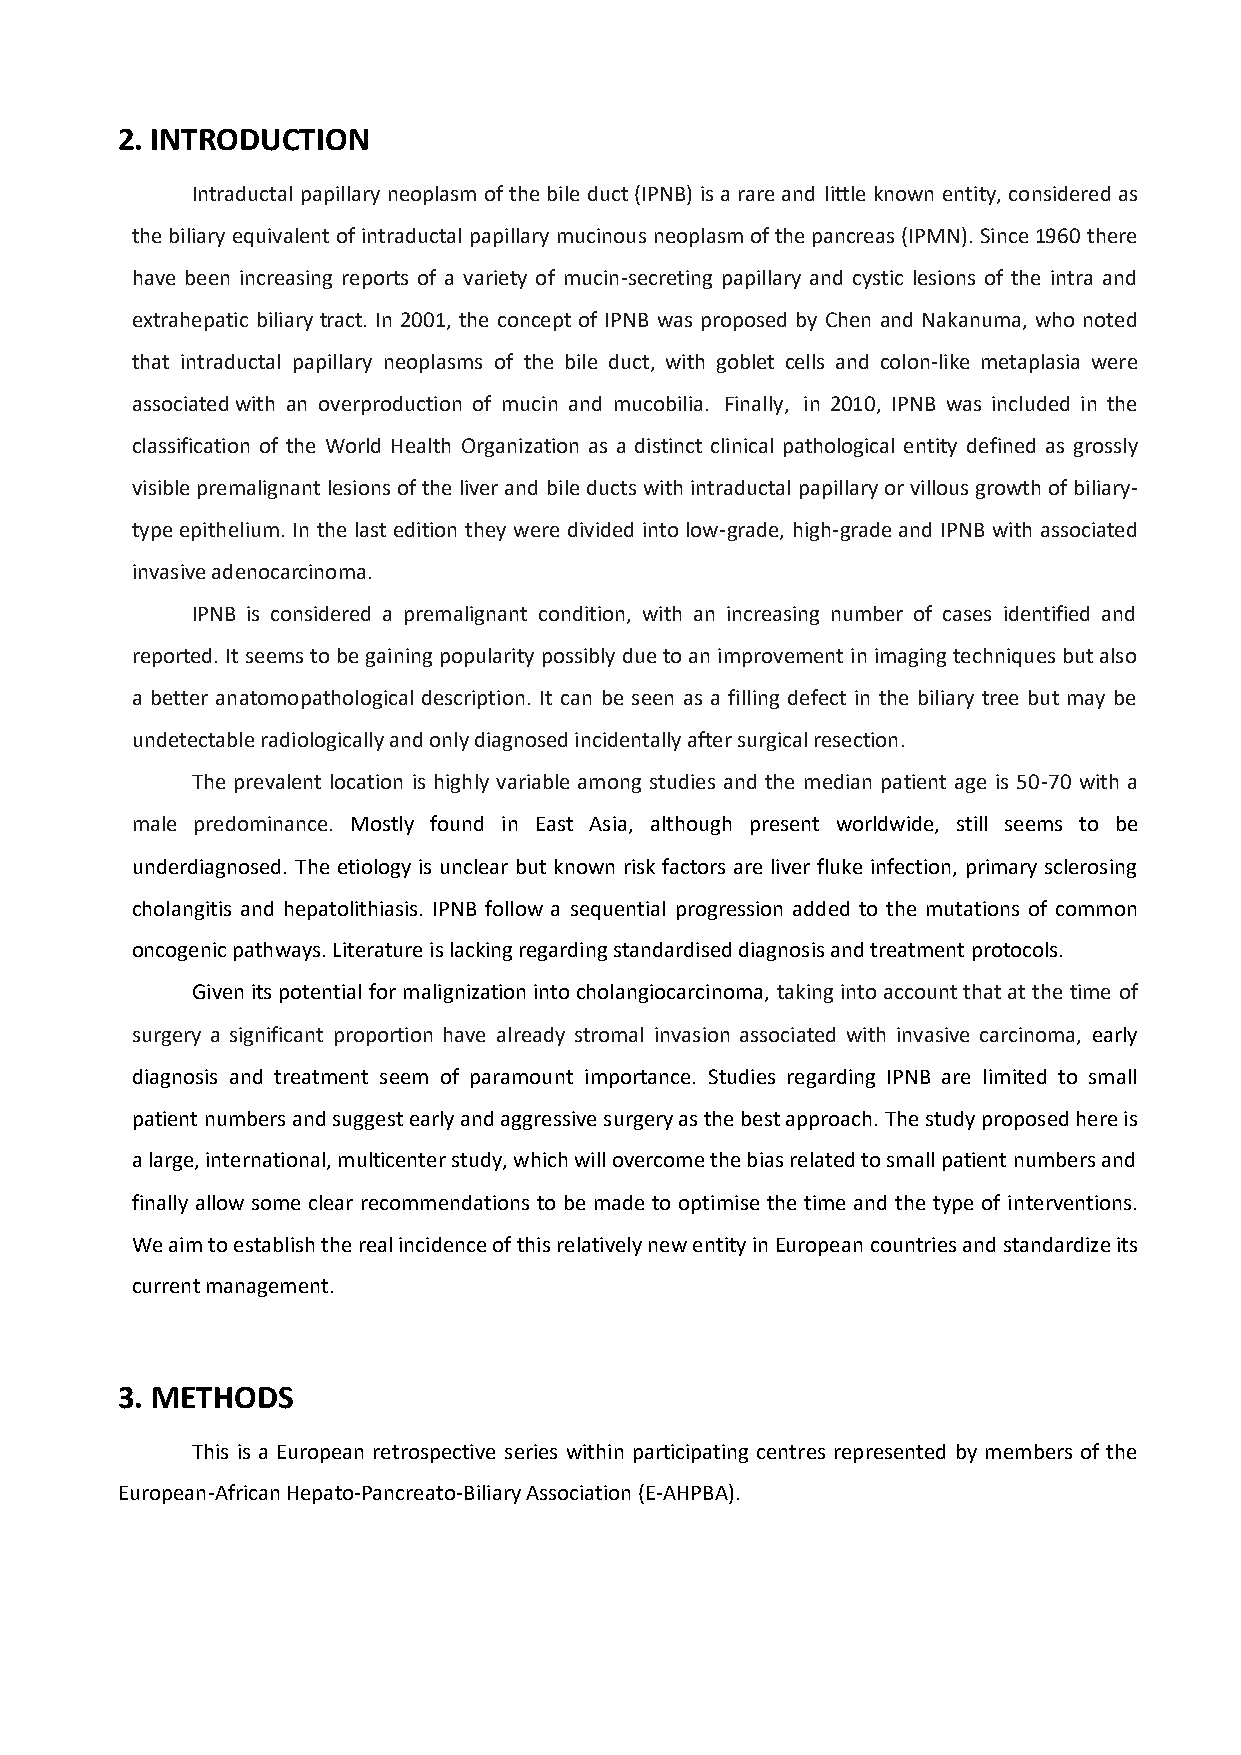
2. INTRODUCTION
 Intraductal papillary neoplasm of the bile duct (IPNB) is a rare and little known entity, considered as
 the biliary equivalent of intraductal papillary mucinous neoplasm of the pancreas (IPMN). Since 1960 there
 have been increasing reports of a variety of mucin-secreting papillary and cystic lesions of the intra and
 extrahepatic biliary tract. In 2001, the concept of IPNB was proposed by Chen and Nakanuma, who noted
 that intraductal papillary neoplasms of the bile duct, with goblet cells and colon-like metaplasia were
 associated with an overproduction of mucin and mucobilia. Finally, in 2010, IPNB was included in the
 classification of the World Health Organization as a distinct clinical pathological entity defined as grossly
 visible premalignant lesions of the liver and bile ducts with intraductal papillary or villous growth of biliary-
 type epithelium. In the last edition they were divided into low-grade, high-grade and IPNB with associated
 invasive adenocarcinoma.
 IPNB is considered a premalignant condition, with an increasing number of cases identified and
 reported. It seems to be gaining popularity possibly due to an improvement in imaging techniques but also
 a better anatomopathological description. It can be seen as a filling defect in the biliary tree but may be
 undetectable radiologically and only diagnosed incidentally after surgical resection.
 The prevalent location is highly variable among studies and the median patient age is 50-70 with a
 male predominance. Mostly found in East Asia, although present worldwide, still seems to be
 underdiagnosed. The etiology is unclear but known risk factors are liver fluke infection, primary sclerosing
 cholangitis and hepatolithiasis. IPNB follow a sequential progression added to the mutations of common
 oncogenic pathways. Literature is lacking regarding standardised diagnosis and treatment protocols.
 Given its potential for malignization into cholangiocarcinoma, taking into account that at the time of
 surgery a significant proportion have already stromal invasion associated with invasive carcinoma, early
 diagnosis and treatment seem of paramount importance. Studies regarding IPNB are limited to small
 patient numbers and suggest early and aggressive surgery as the best approach. The study proposed here is
 a large, international, multicenter study, which will overcome the bias related to small patient numbers and
 finally allow some clear recommendations to be made to optimise the time and the type of interventions.
 We aim to establish the real incidence of this relatively new entity in European countries and standardize its
 current management.
 3. METHODS
 This is a European retrospective series within participating centres represented by members of the
 European-African Hepato-Pancreato-Biliary Association (E-AHPBA).